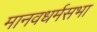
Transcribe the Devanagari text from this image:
मानवधर्मसभा